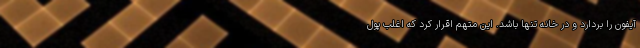
آیفون را بردارد و در خانه تنها باشد. این متهم اقرار کرد که اغلب پول